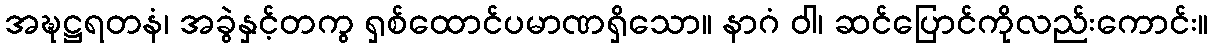
အဍ္ဎဋ္ဌရတနံ၊ အခွဲနှင့်တကွ ရှစ်ထောင်ပမာဏရှိသော။ နာဂံ ဝါ၊ ဆင်ပြောင်ကိုလည်းကောင်း။